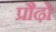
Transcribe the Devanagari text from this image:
प्रौढ़ो